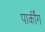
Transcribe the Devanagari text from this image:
पार्कींग